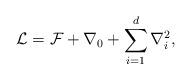
LaTeX: \begin{align*}\mathcal{L}=\mathcal{F}+\nabla_{0}+ \sum_{i=1}^d \nabla_{i}^2,\end{align*}